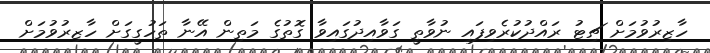
ހާޒިރުވުމަށް ޗިޓު ރައްދުކުރެވިފައި ނުވާތީ ގަވާއިދުގައިވާ ގޮތުގެ މަތިން އޭނާ ތަހުގީގަށް ހާޒިރުވުމަށް